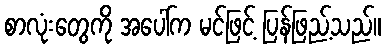
စာလုံးတွေကို အပေါ်က မင်ဖြင့် ပြန်ဖြည့်သည်။